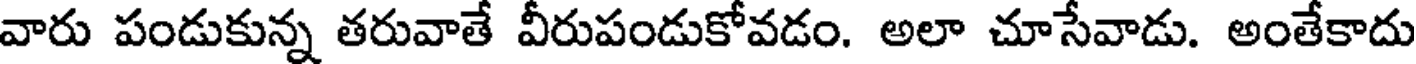
వారు పండుకున్న తరువాతే వీరుపండుకోవడం. అలా చూసేవాడు. అంతేకాదు